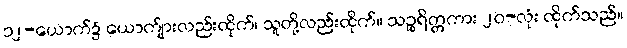
၁၂-ယောက်၌ ယောက်ျားလည်းထိုက်၊ သူတို့လည်းထိုက်။ သဉ္စရိတ္တကား ၂၀-လုံး ထိုက်သည်။